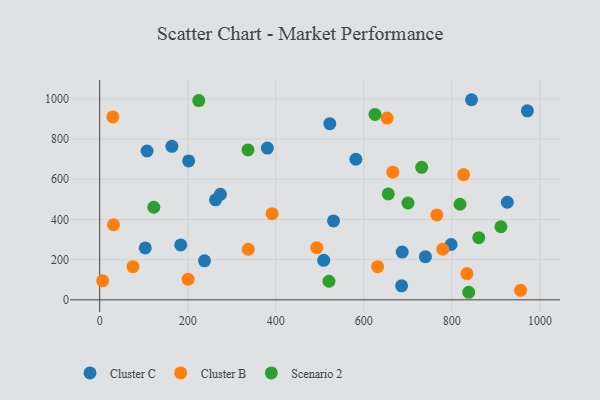
{"axis": {"x": "Distance", "y": "Yield"}, "legend": ["Cluster B", "Cluster C", "Scenario 2"], "data": [{"x": "381.0", "y": 754.9, "type": "Cluster C"}, {"x": "274.3", "y": 524.8, "type": "Cluster C"}, {"x": "531.2", "y": 392.6, "type": "Cluster C"}, {"x": "685.9", "y": 69.8, "type": "Cluster C"}, {"x": "202.1", "y": 691.3, "type": "Cluster C"}, {"x": "798.4", "y": 275.2, "type": "Cluster C"}, {"x": "844.7", "y": 995.7, "type": "Cluster C"}, {"x": "971.6", "y": 940.5, "type": "Cluster C"}, {"x": "522.8", "y": 876.7, "type": "Cluster C"}, {"x": "582.0", "y": 699.4, "type": "Cluster C"}, {"x": "164.1", "y": 764.0, "type": "Cluster C"}, {"x": "687.2", "y": 237.8, "type": "Cluster C"}, {"x": "926.0", "y": 485.5, "type": "Cluster C"}, {"x": "238.1", "y": 194.1, "type": "Cluster C"}, {"x": "508.9", "y": 196.4, "type": "Cluster C"}, {"x": "184.1", "y": 273.2, "type": "Cluster C"}, {"x": "107.6", "y": 740.6, "type": "Cluster C"}, {"x": "263.2", "y": 497.6, "type": "Cluster C"}, {"x": "740.0", "y": 214.7, "type": "Cluster C"}, {"x": "103.5", "y": 258.1, "type": "Cluster C"}, {"x": "30.0", "y": 909.9, "type": "Cluster B"}, {"x": "337.5", "y": 251.7, "type": "Cluster B"}, {"x": "665.9", "y": 635.3, "type": "Cluster B"}, {"x": "956.2", "y": 47.3, "type": "Cluster B"}, {"x": "493.2", "y": 259.3, "type": "Cluster B"}, {"x": "631.4", "y": 164.9, "type": "Cluster B"}, {"x": "6.7", "y": 94.6, "type": "Cluster B"}, {"x": "200.9", "y": 102.3, "type": "Cluster B"}, {"x": "75.6", "y": 165.1, "type": "Cluster B"}, {"x": "391.7", "y": 428.9, "type": "Cluster B"}, {"x": "765.8", "y": 422.3, "type": "Cluster B"}, {"x": "834.3", "y": 130.4, "type": "Cluster B"}, {"x": "779.4", "y": 251.7, "type": "Cluster B"}, {"x": "652.9", "y": 904.4, "type": "Cluster B"}, {"x": "31.5", "y": 373.8, "type": "Cluster B"}, {"x": "826.8", "y": 623.4, "type": "Cluster B"}, {"x": "818.6", "y": 475.5, "type": "Scenario 2"}, {"x": "520.9", "y": 92.4, "type": "Scenario 2"}, {"x": "838.4", "y": 37.6, "type": "Scenario 2"}, {"x": "225.1", "y": 991.5, "type": "Scenario 2"}, {"x": "336.9", "y": 745.7, "type": "Scenario 2"}, {"x": "731.5", "y": 659.1, "type": "Scenario 2"}, {"x": "911.5", "y": 363.7, "type": "Scenario 2"}, {"x": "700.4", "y": 481.9, "type": "Scenario 2"}, {"x": "123.0", "y": 460.7, "type": "Scenario 2"}, {"x": "655.6", "y": 527.0, "type": "Scenario 2"}, {"x": "625.4", "y": 922.4, "type": "Scenario 2"}, {"x": "861.2", "y": 309.5, "type": "Scenario 2"}]}